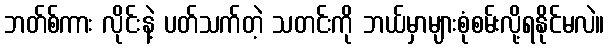
ဘတ်စ်ကား လိုင်းနဲ့ ပတ်သက်တဲ့ သတင်းကို ဘယ်မှာများစုံစမ်းလို့ရနိုင်မလဲ။